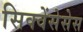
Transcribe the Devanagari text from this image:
सिक्वेंसेसेस